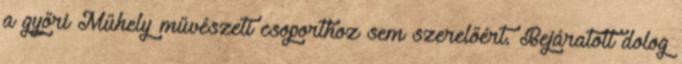
a győri Műhely művészeti csoporthoz sem szerelőért. Bejáratott dolog